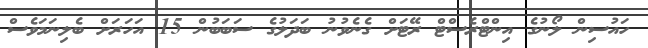
ހައުސިން ލޯނުގެ އިންޓްރެސްޓް ރޭޓަށް ގެނެވުނު ބަދަލުގެ ސަބަބުން 15 އަހަރަށް ބެލިނަމަވެސް